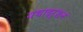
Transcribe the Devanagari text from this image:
यथादर्शन